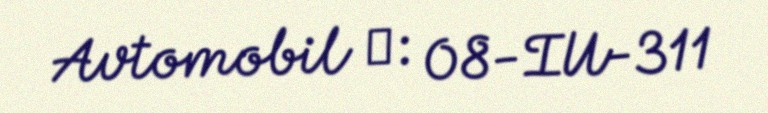
Avtomobil №: 08-IU-311